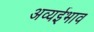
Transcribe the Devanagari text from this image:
अव्यईभाव